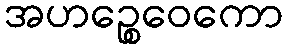
အဟဉ္စေဝေကော